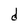
Character: d